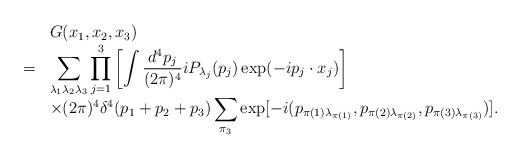
\begin{align*}\begin{array}{rl}&G(x_1,x_2,x_3)\\=&\displaystyle \sum_{\lambda_1\lambda_2\lambda_3}\prod_{j=1}^3\left[\int \frac{d^4p_j}{(2\pi)^4}iP_{\lambda_j}(p_j)\exp(-ip_j\cdot x_j)\right]\\&\displaystyle\times(2\pi)^4\delta^4(p_1+p_2+p_3)\sum_{\pi_3}\exp[-i(p_{\pi(1)\lambda_{\pi(1)}},p_{\pi(2)\lambda_{\pi(2)}},p_{\pi(3)\lambda_{\pi(3)}})]. \end{array}\end{align*}